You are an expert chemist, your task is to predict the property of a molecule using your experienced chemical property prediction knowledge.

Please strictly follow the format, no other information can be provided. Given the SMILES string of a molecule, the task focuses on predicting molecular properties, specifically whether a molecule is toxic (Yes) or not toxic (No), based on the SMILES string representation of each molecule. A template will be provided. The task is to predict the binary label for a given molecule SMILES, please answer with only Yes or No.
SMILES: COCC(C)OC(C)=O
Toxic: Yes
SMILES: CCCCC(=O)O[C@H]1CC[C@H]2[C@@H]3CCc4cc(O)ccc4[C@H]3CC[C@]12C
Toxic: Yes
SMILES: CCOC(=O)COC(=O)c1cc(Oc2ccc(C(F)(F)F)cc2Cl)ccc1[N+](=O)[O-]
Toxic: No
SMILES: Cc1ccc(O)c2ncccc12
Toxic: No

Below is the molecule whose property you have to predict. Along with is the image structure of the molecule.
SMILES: CC(=O)Nc1ccc(S(=O)(=O)Nc2cc(C)on2)cc1
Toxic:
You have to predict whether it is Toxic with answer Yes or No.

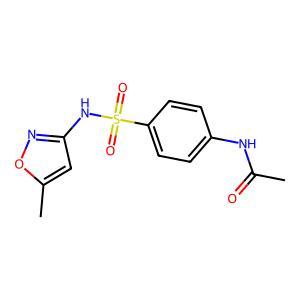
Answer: No